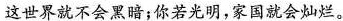
这世界就不会黑暗；你若光明，家国就会灿烂。